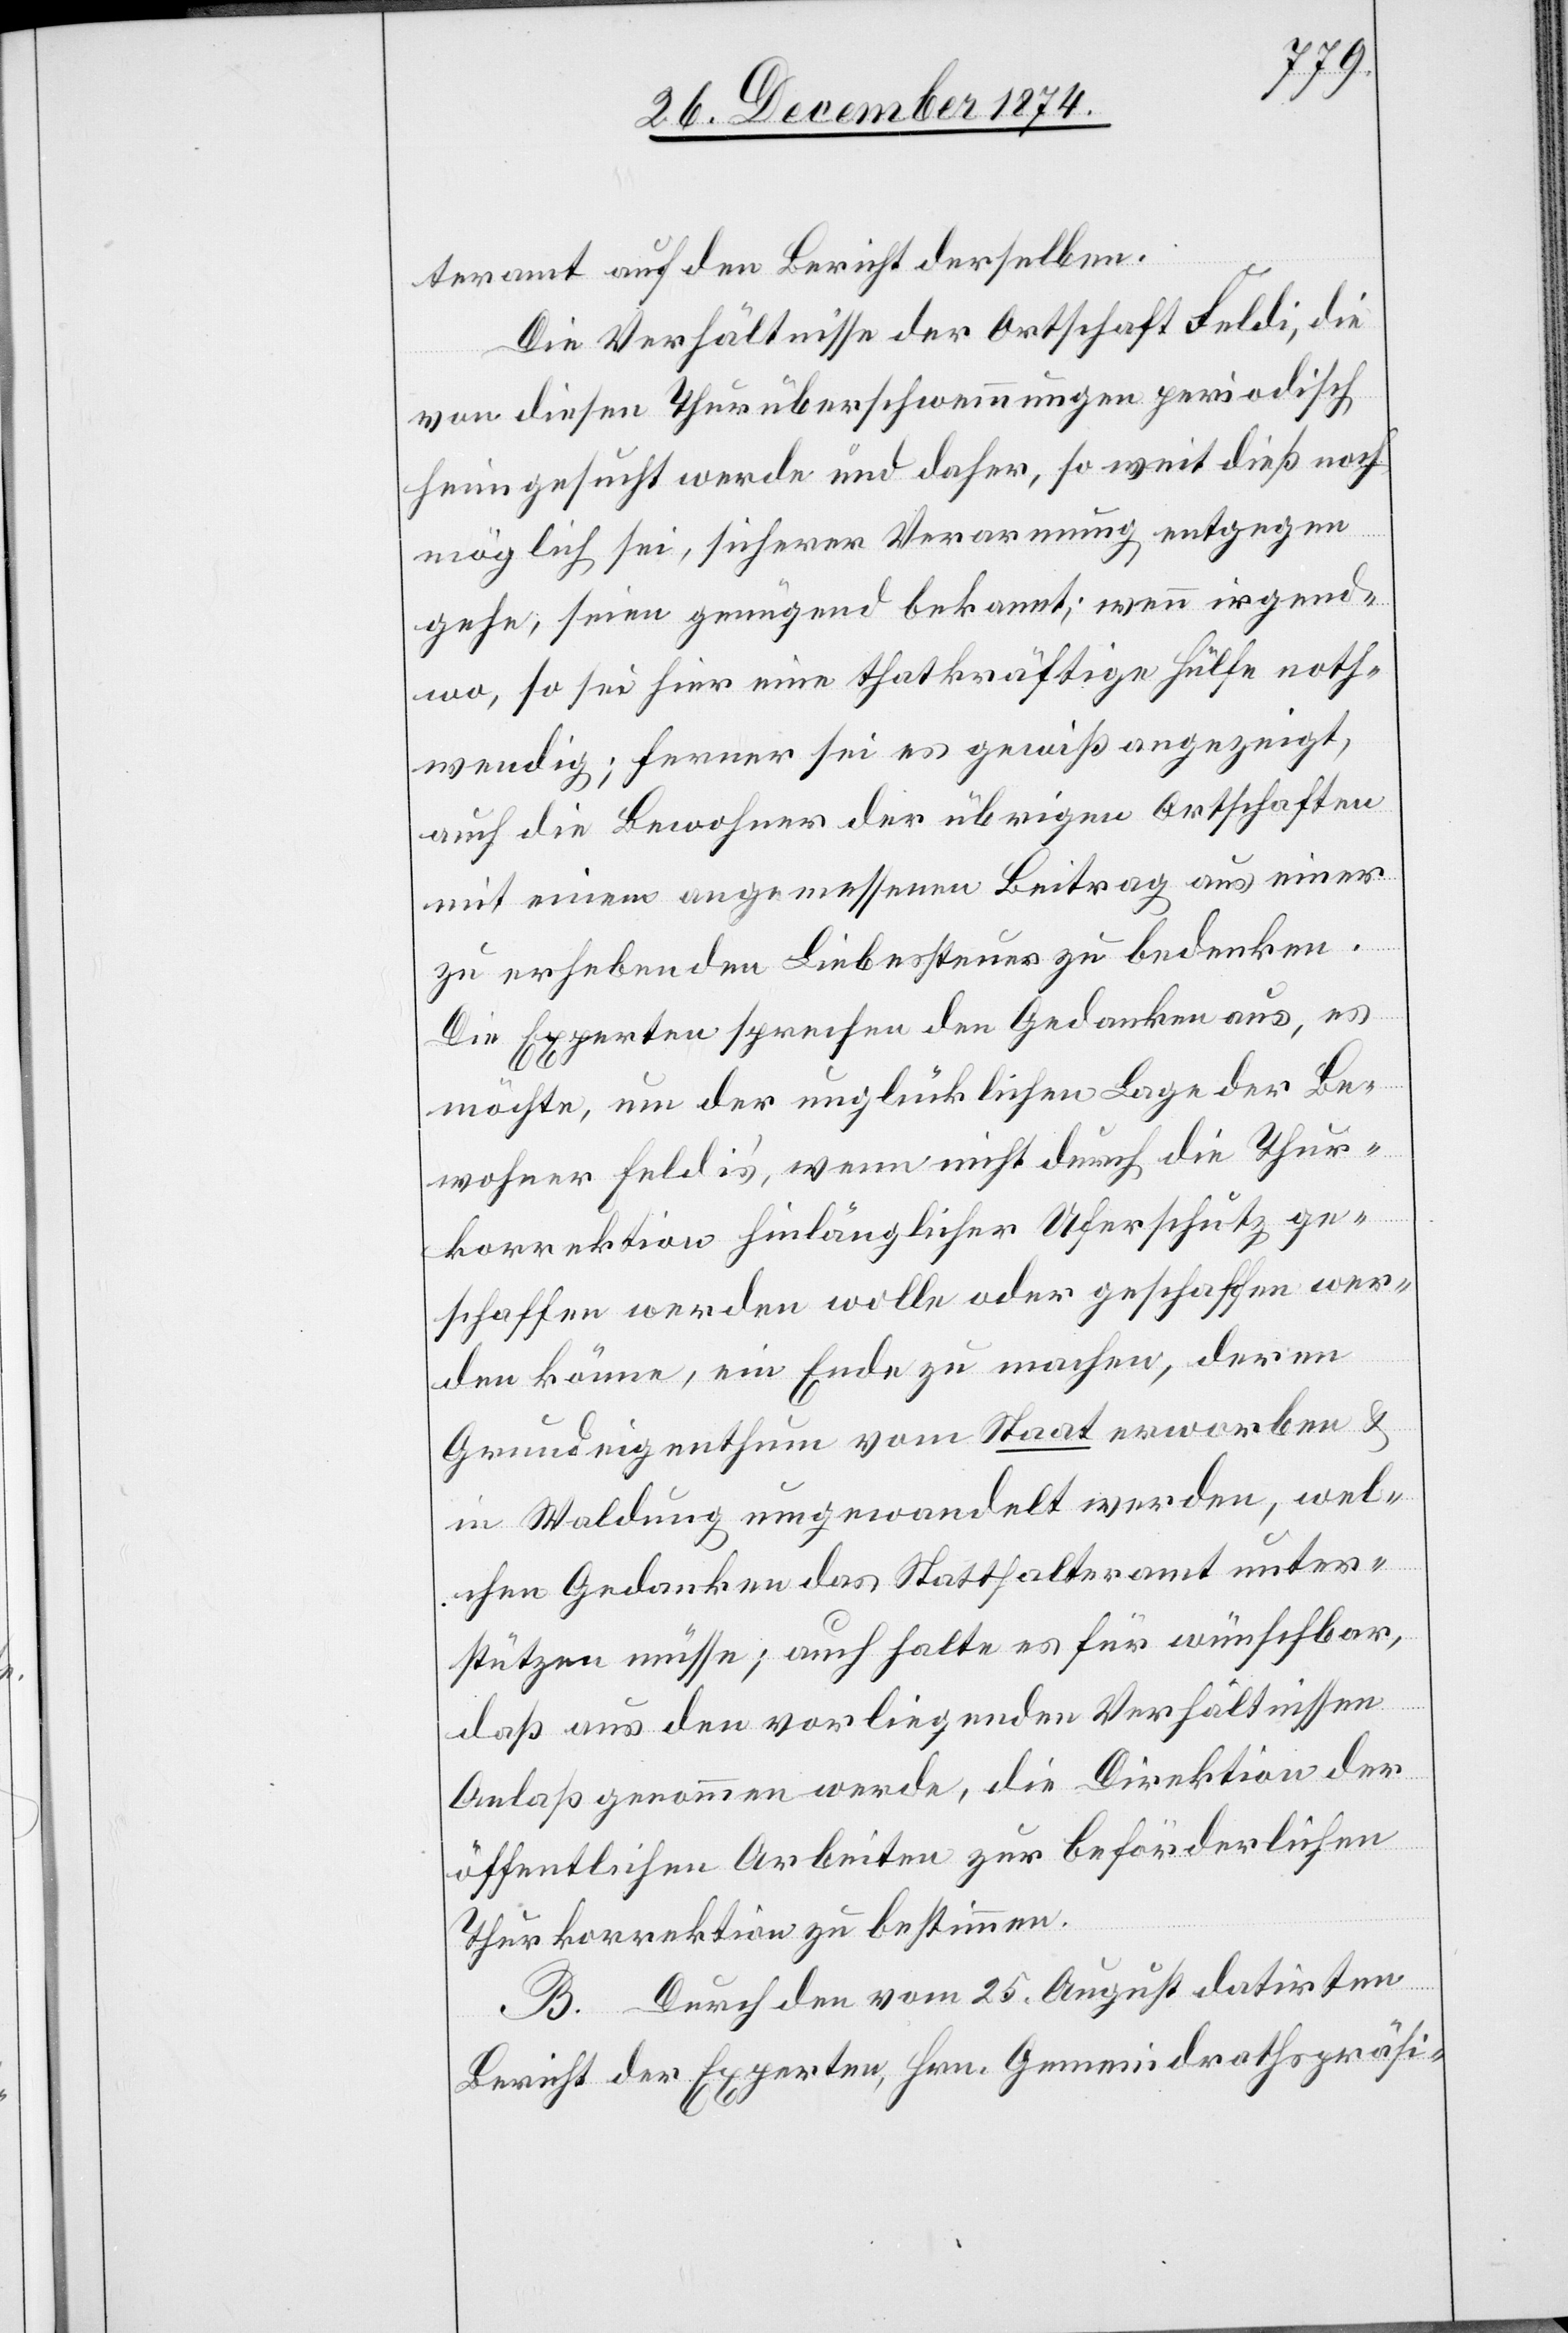
teramt auf den Bericht derselben.
Die Verhältnisse der Ortschaft Feldi, die
von diesen Thurüberschwemmungen periodisch
heimgesucht werde und daher, so weit dieß noch
möglich sei, sicherer Verarmung entgegen
gehe, seien genügend bekannt; wenn irgend¬
wo, so sei hier eine thatkräftige Hülfe noth¬
wendig; ferner sei es gewiß angezeigt,
auf die Bewohner der übrigen Ortschaften
mit einem angemessenen Beitrag aus einer
zu erhebenden Liebessteuer zu bedenken.
Die Experten sprechen den Gedanken aus, es
möchte, um der unglücklichen Lage der Be¬
wohner Feldi’s, wenn nicht durch die Thur¬
korrektion hinlänglicher Uferschutz ge¬
schaffen werden wolle oder geschaffen wer¬
den könne, ein Ende zu machen, deren
Grundeigenthum vom Staat erworben &
in Waldung umgewandelt werden, wel¬
chen Gedanken das Statthalteramt unter¬
stützen müsse; auch halte es für wünschbar,
daß aus den vorliegenden Verhältnissen
Anlaß genommen werde, die Direktion der
öffentlichen Arbeiten zur beförderlichen
Thurkorrektion zu bestimmen.
B. Durch den vom 25. August datirten
Bericht der Experten, Hrn. Gemeindrathspräsi-